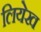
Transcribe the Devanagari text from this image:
लियेख